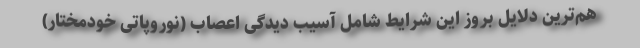
هم‌ترین دلایل بروز این شرایط شامل آسیب دیدگی اعصاب (نوروپاتی خودمختار)